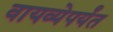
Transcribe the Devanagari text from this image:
वायव्येपर्यंत